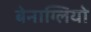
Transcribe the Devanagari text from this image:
बेनाग्लियो